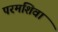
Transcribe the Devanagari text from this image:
परमशिवा